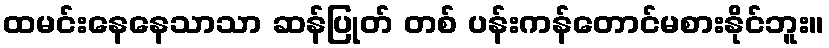
ထမင်းနေနေသာသာ ဆန်ပြုတ် တစ် ပန်းကန်တောင်မစားနိုင်ဘူး။